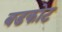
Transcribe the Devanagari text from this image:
बडकोट